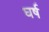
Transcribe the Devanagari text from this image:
घर्ष